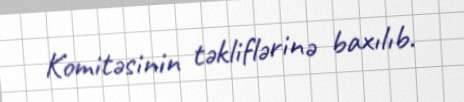
Komitəsinin təkliflərinə baxılıb.